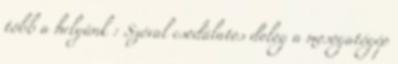
több a helyünk : Szóval csodálatos dolog a mosogatógép